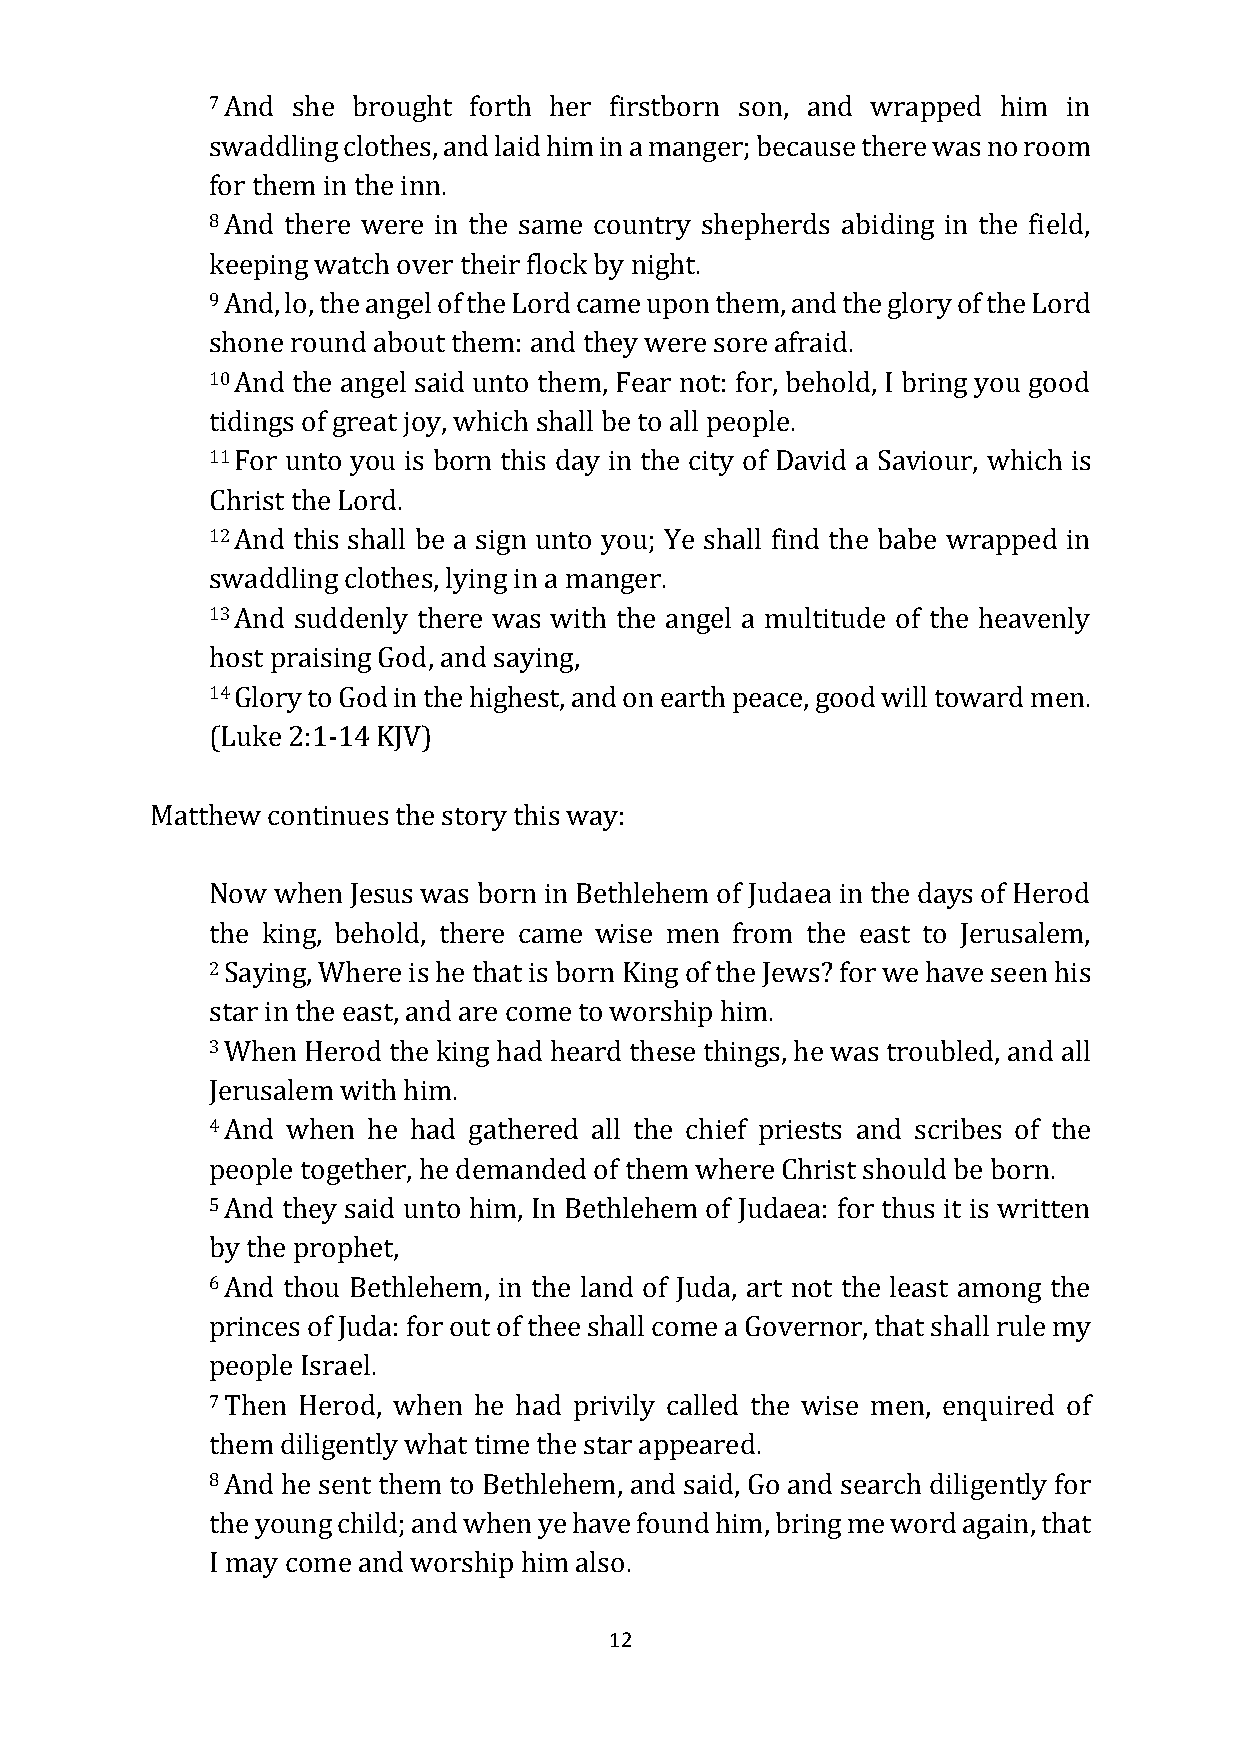
7 And she brought forth her firstborn son, and wrapped him in
 swaddling clothes, and laid him in a manger; because there was no room
 for them in the inn.
 8 And there were in the same country shepherds abiding in the field,
 keeping watch over their flock by night.
 9 And, lo, the angel of the Lord came upon them, and the glory of the Lord
 shone round about them: and they were sore afraid.
 10 And the angel said unto them, Fear not: for, behold, I bring you good
 tidings of great joy, which shall be to all people.
 11 For unto you is born this day in the city of David a Saviour, which is
 Christ the Lord.
 12 And this shall be a sign unto you; Ye shall find the babe wrapped in
 swaddling clothes, lying in a manger.
 13 And suddenly there was with the angel a multitude of the heavenly
 host praising God, and saying,
 14 Glory to God in the highest, and on earth peace, good will toward men.
 (Luke 2:1-14 KJV)
 Matthew continues the story this way:
 Now when Jesus was born in Bethlehem of Judaea in the days of Herod
 the king, behold, there came wise men from the east to Jerusalem,
 2 Saying, Where is he that is born King of the Jews? for we have seen his
 star in the east, and are come to worship him.
 3 When Herod the king had heard these things, he was troubled, and all
 Jerusalem with him.
 4 And when he had gathered all the chief priests and scribes of the
 people together, he demanded of them where Christ should be born.
 5 And they said unto him, In Bethlehem of Judaea: for thus it is written
 by the prophet,
 6 And thou Bethlehem, in the land of Juda, art not the least among the
 princes of Juda: for out of thee shall come a Governor, that shall rule my
 people Israel.
 7 Then Herod, when he had privily called the wise men, enquired of
 them diligently what time the star appeared.
 8 And he sent them to Bethlehem, and said, Go and search diligently for
 the young child; and when ye have found him, bring me word again, that
 I may come and worship him also.
 12